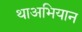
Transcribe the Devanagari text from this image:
थाअभियान